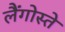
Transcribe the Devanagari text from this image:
लैंगोस्ते